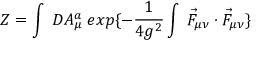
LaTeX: Z = \int \: { \cal D } A _ { \mu } ^ { a } \; e x p \{ - \frac { 1 } { 4 g ^ { 2 } } \int \: \vec { F } _ { \mu \nu } \cdot \vec { F } _ { \mu \nu } \}